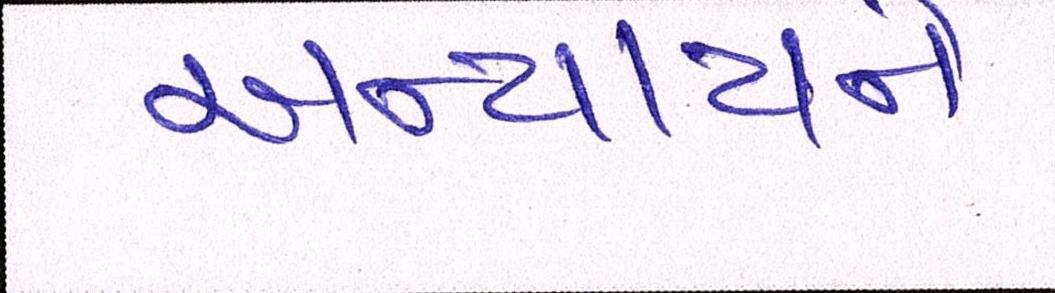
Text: અન્યાયને